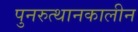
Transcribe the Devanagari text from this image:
पुनरुत्थानकालीन